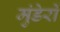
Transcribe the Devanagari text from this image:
मुंडेरों